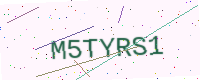
Text: M5TYRS1